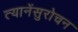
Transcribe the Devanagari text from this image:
त्यानेंसुरोचन